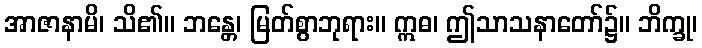
အာဇာနာမိ၊ သိ၏။ ဘန္တေ၊ မြတ်စွာဘုရား။ ဣဓ၊ ဤသာသနာတော်၌။ ဘိက္ခု၊